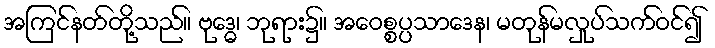
အကြင်နတ်တို့သည်။ ဗုဒ္ဓေ၊ ဘုရား၌။ အဝေစ္စပ္ပသာဒေန၊ မတုန်မလှုပ်သက်ဝင်၍